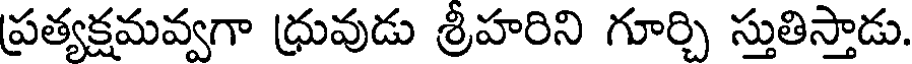
ప్రత్యక్షమవ్వగా ధ్రువుడు శ్రీహరిని గూర్చి స్తుతిస్తాడు.